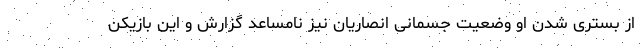
از بستری شدن او وضعیت جسمانی انصاریان نیز نامساعد گزارش و این بازیکن